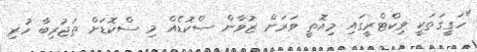
"ހަގީގަތަކީ ވިކްޓްރީގައި މިއޮތީ ވަރަށް ޒުވާން ސްކޮޑެއް މި ސްކޮޑަށް ތަޖުރިބާ ހުރި